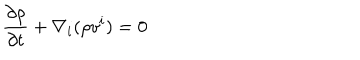
\frac { \partial \rho } { \partial t } + \nabla _ { i } ( \rho v ^ { i } ) = 0